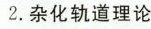
2.杂化轨道理论